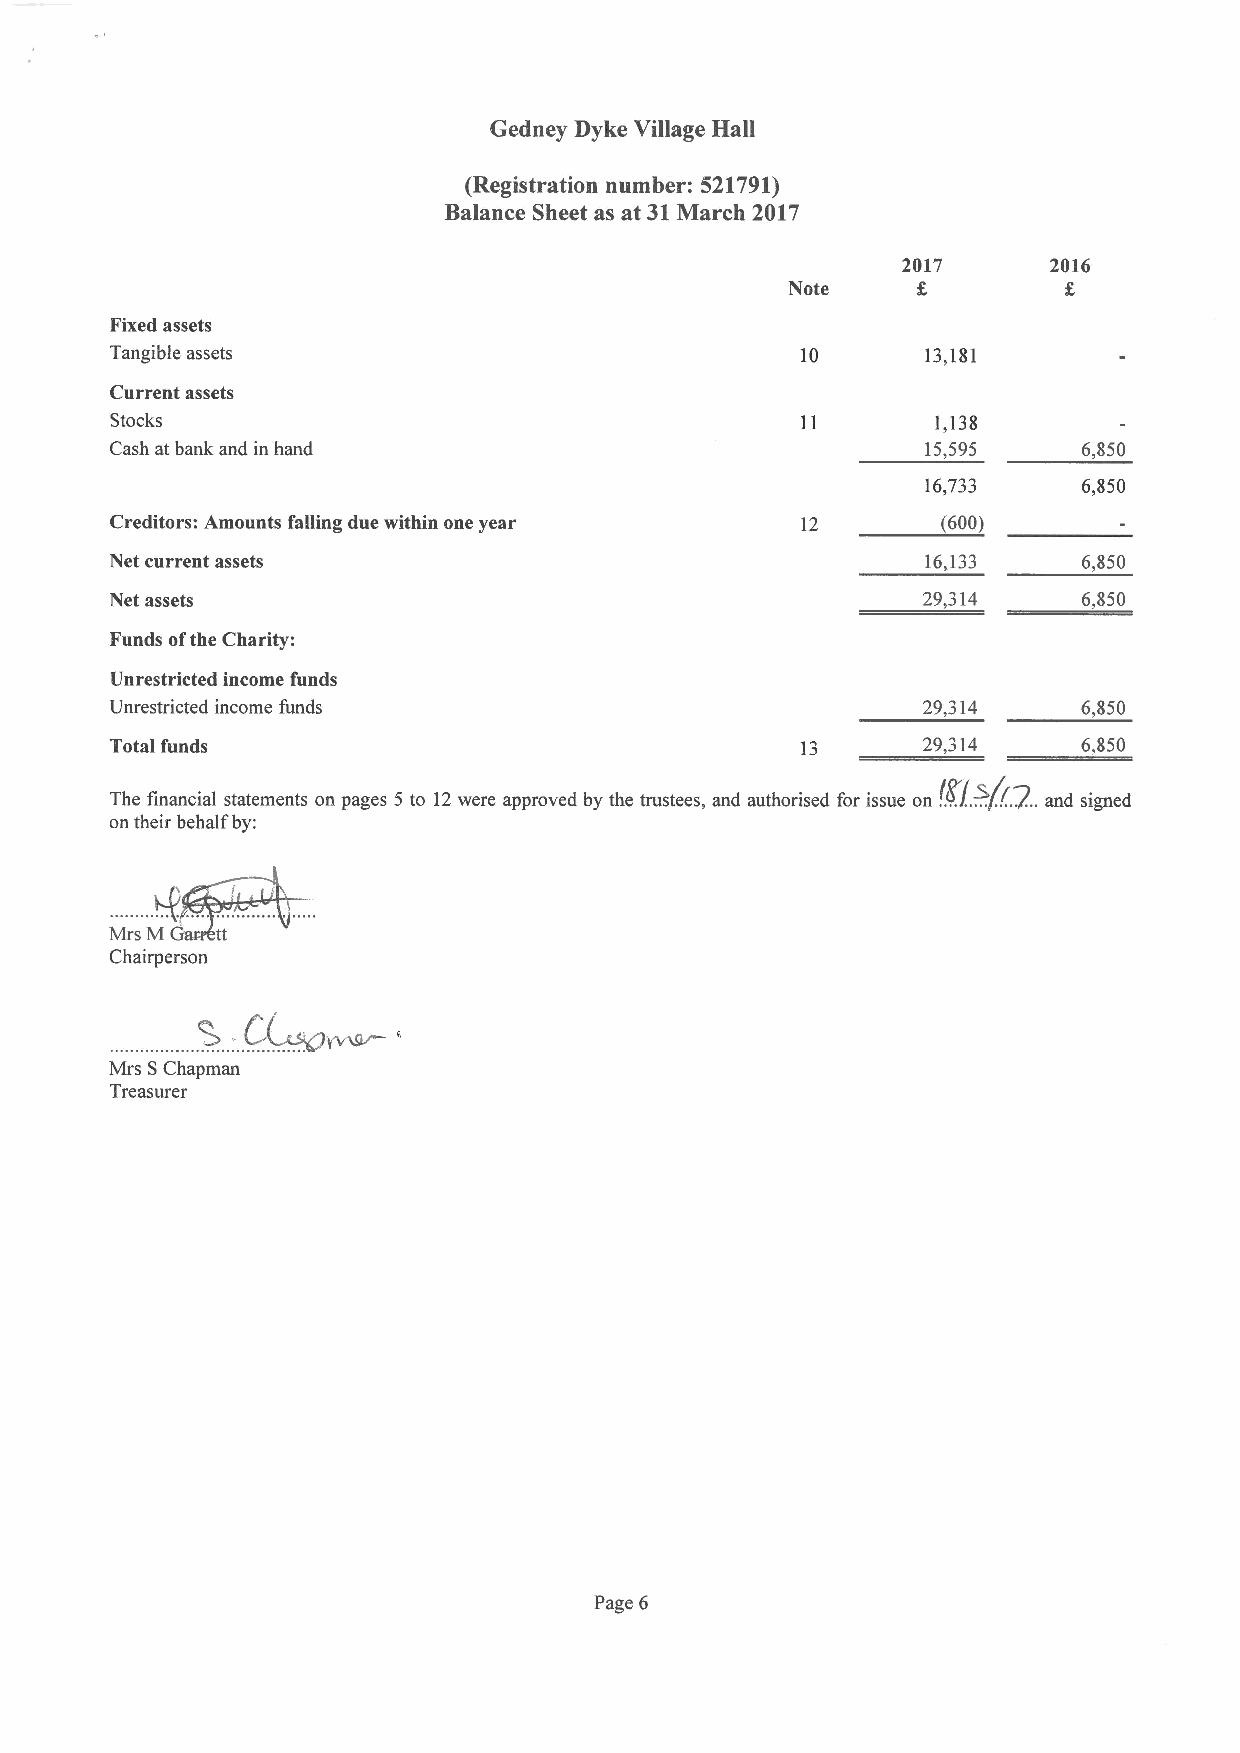
Gedney Dyke Village Hall
 (Registration number: 521791)
 Balance Sheet as at 31March 2017
 2017     2016
 Note
 Fixed assets
 Tangible assets                               10      13,181
 Current assets
 Stocks                                                 ls138
 Cash at bank and in hand                              15,595     6,850
 16,733     6,850
 Creditors: Amounts falling due within one year 12      (600)
 Net current assets                                    16,133     6,850
 Net assets                                            29,314     6,850
 Funds ofthe Charity:
 Unrestricted income funds
 Unrestricted income funds                             29,314     6,850
 Total funds                                   13      29,314     6s850
 fl
 /!7
 The financial statements on pages d to t2 were approved by the trustees, and authorised for issue on ...a.nd.~i.g..ned
 on their behalf by:
 Mrs M  tt
 Chairperson
 Mrs SChapman
 Treasurer
 Page 6